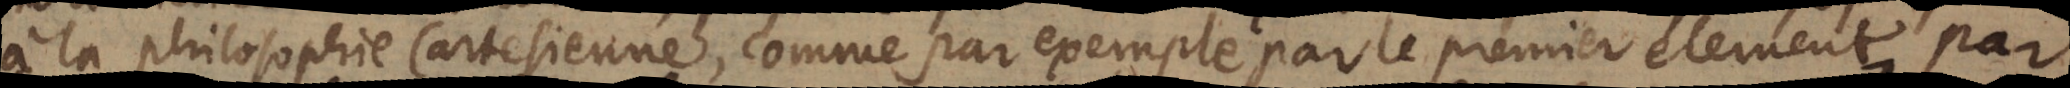
à la philosophie Cartesienne, comme par exemple par le premier element, par